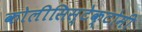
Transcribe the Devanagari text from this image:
कोलीसिस्टेक्टोमी